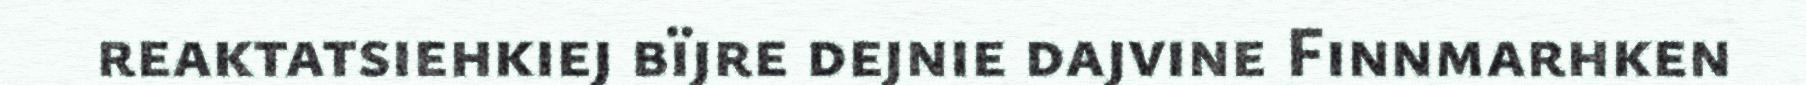
reaktatsiehkiej bïjre dejnie dajvine Finnmarhken